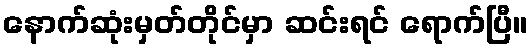
နောက်ဆုံးမှတ်တိုင်မှာ ဆင်းရင် ရောက်ပြီ။